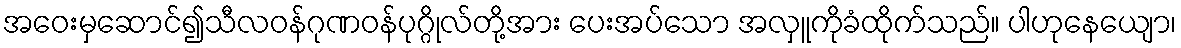
အဝေးမှဆောင်၍သီလဝန်ဂုဏဝန်ပုဂ္ဂိုလ်တို့အား ပေးအပ်သော အလှူကိုခံထိုက်သည်။ ပါဟုနေယျော၊